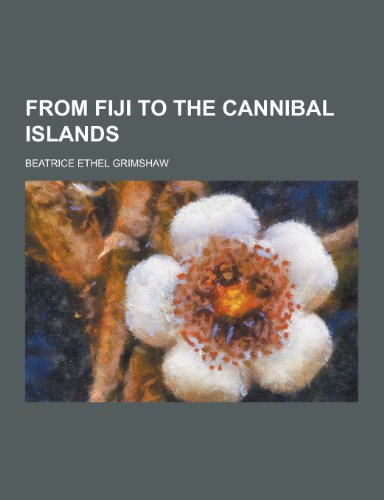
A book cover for From Fiji to the Cannibal Islands; Beatrice Ethel Grimshaw; History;